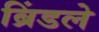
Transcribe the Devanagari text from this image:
ब्रिंडले